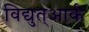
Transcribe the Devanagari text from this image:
विद्युत्आर्क